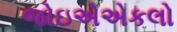
જોઇએએકલો